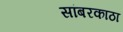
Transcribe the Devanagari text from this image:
सांबरकाठा